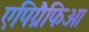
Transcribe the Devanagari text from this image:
एपिग्रैफिआ